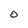
Character: O